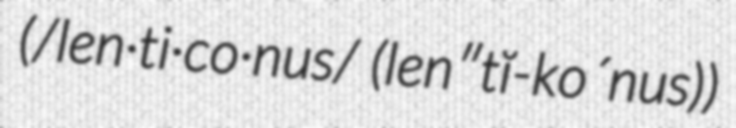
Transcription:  (/len·ti·co·nus/ (len″tĭ-ko´nus))